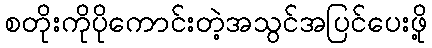
စတိုးကိုပိုကောင်းတဲ့အသွင်အပြင်ပေးဖို့